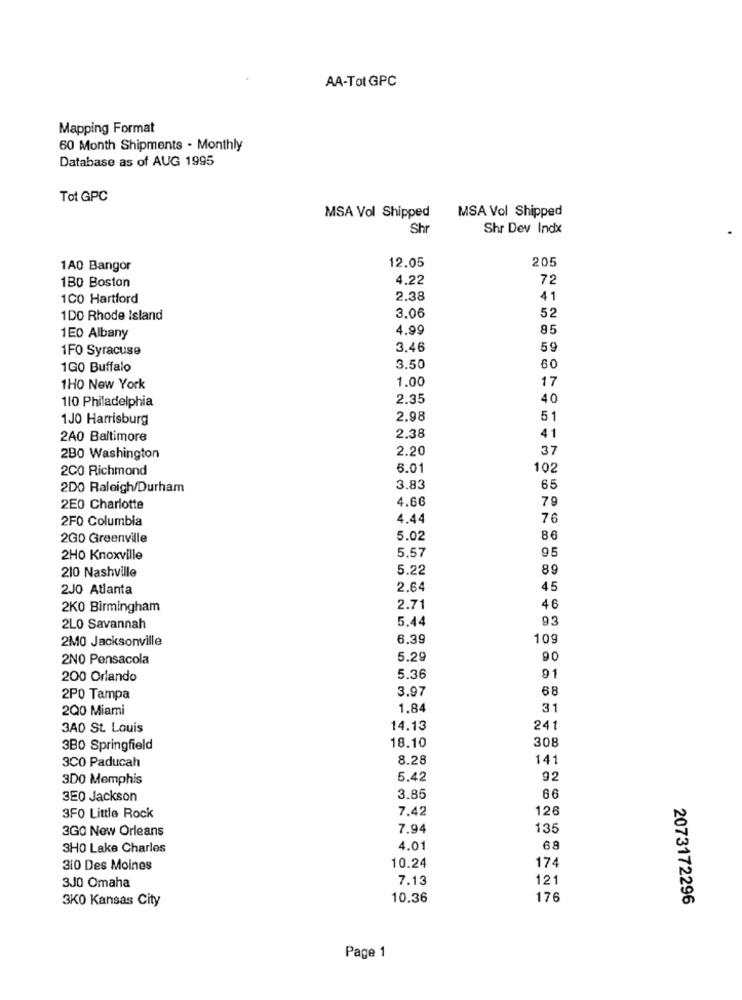
AA-Tot GPC
Mapping Format
60 Month Shipments - Monthly
Database as of AUG 1995
Tot GPC
MSA Vol Shipped
MSA Vol Shipped
Shr
Shr Dev Indx
205
1A0 Bangor
12.05
1B0 Boston
4.22
72
100 Hartford
2.38
41
1DO Rhode Island
3.06
52
4.99
85
1EO Albany
1FO Syracuse
3.46
59
1GO Buffalo
3.50
60
1.00
17
1HO New York
110 Philadelphia
2.35
40
1JO Harrisburg
2.98
51
2A0 Baltimore
2.38
41
2.20
37
2B0 Washington
2C0 Richmond
6.01
102
2D0 Raleigh/Durham
3.83
65
4.66
79
2E0 Charlotte
2F0 Columbia
4.44
76
2GO Greenville
5.02
86
95
2H0 Knoxville
5.57
210 Nashville
5.22
89
2J0 Atlanta
2.64
45
2K0 Birmingham
2.71
46
5.44
93
2LO Savannah
2MO Jacksonville
6.39
109
2NO Pensacola
5.29
90
200 Orlando
5.36
91
3.97
68
2PO Tampa
2Q0 Miami
1.84
31
3AO St. Louis
14.13
241
18.10
308
3BO Springfield
3CO Paducah
8.28
141
3D0 Memphis
5.42
92
3E0 Jackson
3.85
66
7.42
126
3F0 Little Rock
3GO New Orleans
7.94
135
3HO Lake Charles
4.01
68
174
310 Des Moines
10.24
7.13
121
3J0 Omaha
3KO Kansas City
10.36
176
2073172296
Page 1